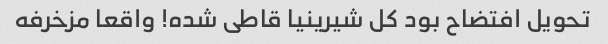
تحویل افتضاح بود کل شیرینیا قاطی شده! واقعا مزخرفه